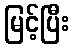
မြင့်ပြီး